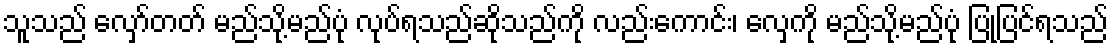
သူသည် လှော်တတ် မည်သို့မည်ပုံ လုပ်ရသည်ဆိုသည်ကို လည်းကောင်း၊ လှေကို မည်သို့မည်ပုံ ပြုပြင်ရသည်